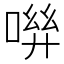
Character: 𠶽